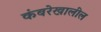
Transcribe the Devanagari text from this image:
कंबरेखालील